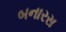
બનારસ